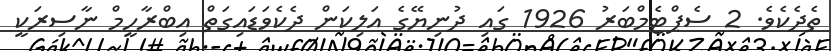
ތެދެކެވެ. 2 ސެޕްޓެމްބަރު 1926 ގައި ދުނިޔޭގެ އަލިކަން ދެކެވަޑައިގަތް އިބްރާހީމް ނާސިރަކީ